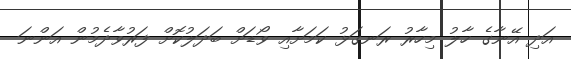
އަދި އޭނާގެ ހާލު މިހާރު ރަނގަޅު ކަމަށާއި ވޯޑަށް ބަދަލުކޮށް ފަރުވާދެމުން އަންނަ